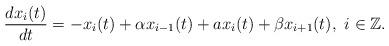
LaTeX: \begin{align*}\frac{dx_i(t)}{dt} =-x_i(t)+\alpha x_{i-1}(t)+ax_{i}(t)+\beta x_{i+1}(t),\,\,i\in\mathbb{Z}.\end{align*}